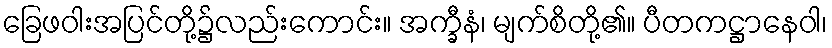
ခြေဖဝါးအပြင်တို့၌လည်းကောင်း။ အက္ခီနံ၊ မျက်စိတို့၏။ ပီတကဋ္ဌာနေဝါ၊